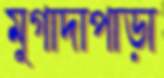
মুগাদাপাড়া